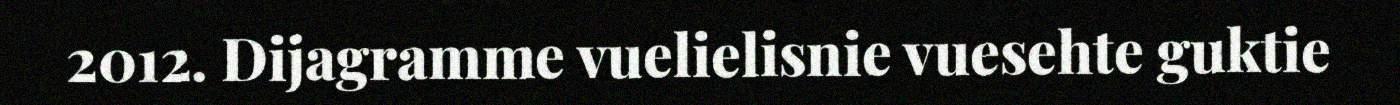
2012. Dijagramme vuelielisnie vuesehte guktie